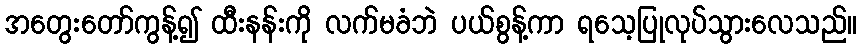
အတွေးတော်ကွန့်၍ ထီးနန်းကို လက်မခံဘဲ ပယ်စွန့်ကာ ရသေ့ပြုလုပ်သွားလေသည်။